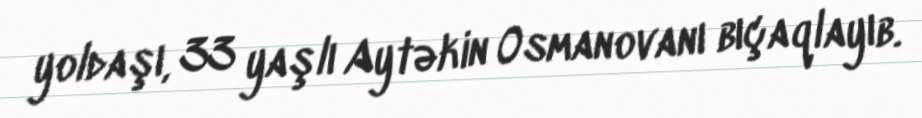
yoldaşı, 33 yaşlı Aytəkin Osmanovanı bıçaqlayıb.